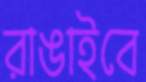
রাঙাইবে